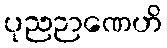
ပုညဉာဏေဟိ